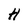
Character: H